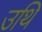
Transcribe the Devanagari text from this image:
उथि